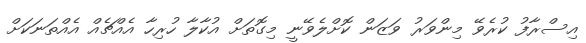
އިސްރާފު ކުރެވޭ މިންވަރު ވަޒަން ކޮށްލެވޭނީ މިގޮތަށް އުކާލާ ހުރިހާ އެއްޗެއް އެއްތަނަކަށް